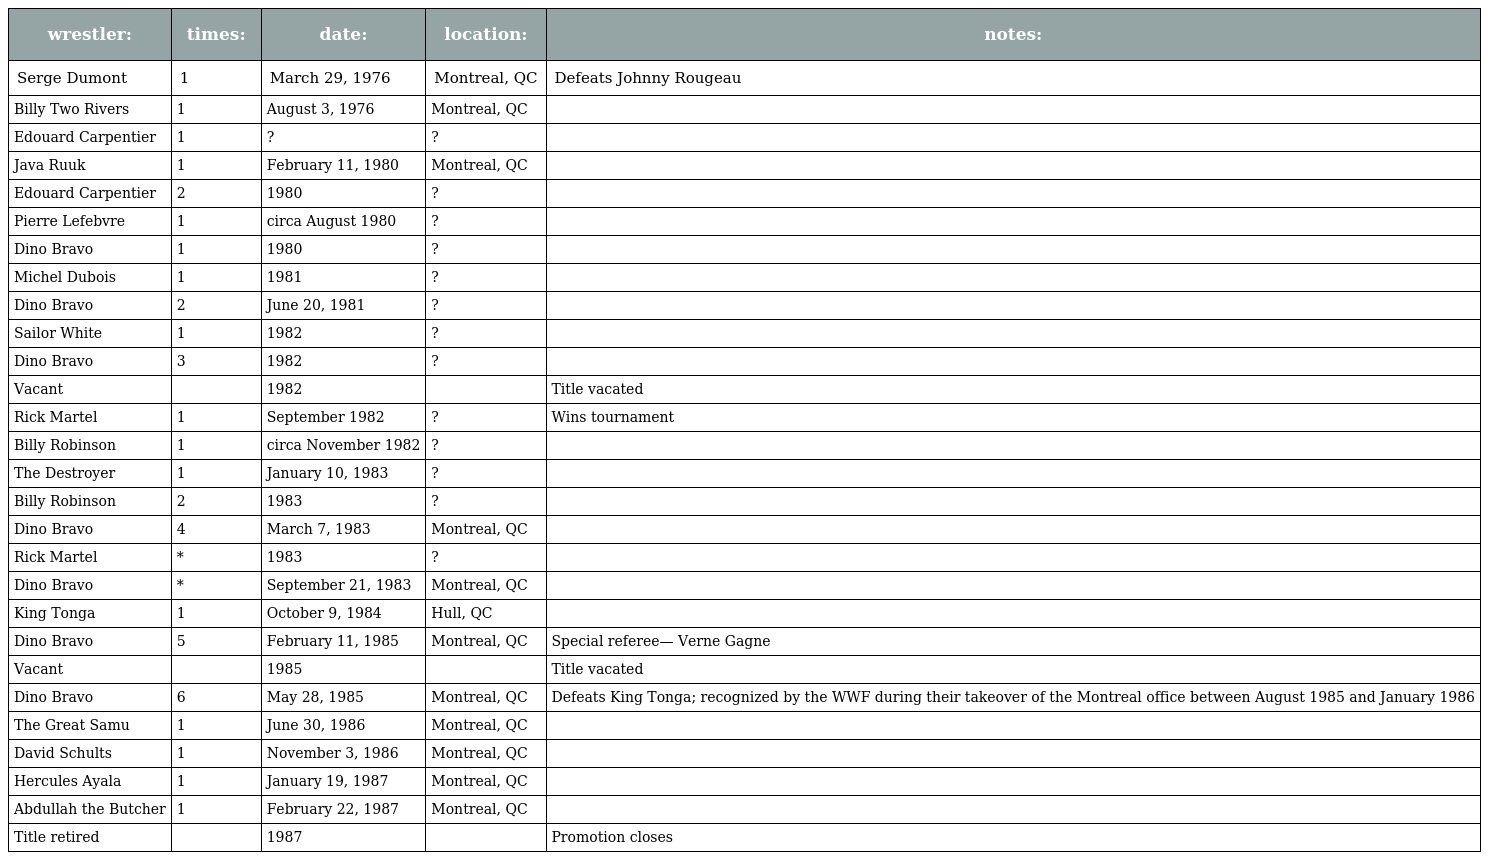
| wrestler: | times: | date: | location: | notes: |
 | --- | --- | --- | --- | --- |
 | Serge Dumont | 1 | March 29, 1976 | Montreal, QC | Defeats Johnny Rougeau |
 | Billy Two Rivers | 1 | August 3, 1976 | Montreal, QC |  |
 | Edouard Carpentier | 1 | ? | ? |  |
 | Java Ruuk | 1 | February 11, 1980 | Montreal, QC |  |
 | Edouard Carpentier | 2 | 1980 | ? |  |
 | Pierre Lefebvre | 1 | circa August 1980 | ? |  |
 | Dino Bravo | 1 | 1980 | ? |  |
 | Michel Dubois | 1 | 1981 | ? |  |
 | Dino Bravo | 2 | June 20, 1981 | ? |  |
 | Sailor White | 1 | 1982 | ? |  |
 | Dino Bravo | 3 | 1982 | ? |  |
 | Vacant |  | 1982 |  | Title vacated |
 | Rick Martel | 1 | September 1982 | ? | Wins tournament |
 | Billy Robinson | 1 | circa November 1982 | ? |  |
 | The Destroyer | 1 | January 10, 1983 | ? |  |
 | Billy Robinson | 2 | 1983 | ? |  |
 | Dino Bravo | 4 | March 7, 1983 | Montreal, QC |  |
 | Rick Martel | * | 1983 | ? |  |
 | Dino Bravo | * | September 21, 1983 | Montreal, QC |  |
 | King Tonga | 1 | October 9, 1984 | Hull, QC |  |
 | Dino Bravo | 5 | February 11, 1985 | Montreal, QC | Special referee— Verne Gagne |
 | Vacant |  | 1985 |  | Title vacated |
 | Dino Bravo | 6 | May 28, 1985 | Montreal, QC | Defeats King Tonga; recognized by the WWF during their takeover of the Montreal office between August 1985 and January 1986 |
 | The Great Samu | 1 | June 30, 1986 | Montreal, QC |  |
 | David Schults | 1 | November 3, 1986 | Montreal, QC |  |
 | Hercules Ayala | 1 | January 19, 1987 | Montreal, QC |  |
 | Abdullah the Butcher | 1 | February 22, 1987 | Montreal, QC |  |
 | Title retired |  | 1987 |  | Promotion closes |